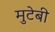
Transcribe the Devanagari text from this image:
मुटेबी